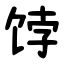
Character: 饽